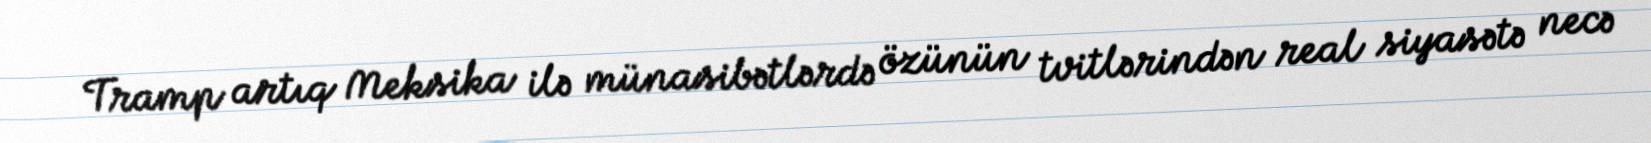
Tramp artıq Meksika ilə münasibətlərdə özünün tvitlərindən real siyasətə necə